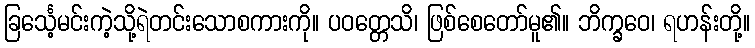
ခြင်္သေ့မင်းကဲ့သို့ရဲတင်းသောစကားကို။ ပဝတ္တေသိ၊ ဖြစ်စေတော်မူ၏။ ဘိက္ခဝေ၊ ရဟန်းတို့။